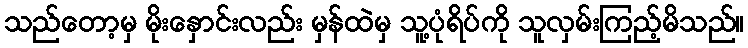
သည်တော့မှ မိုးနှောင်းလည်း မှန်ထဲမှ သူ့ပုံရိပ်ကို သူလှမ်းကြည့်မိသည်။